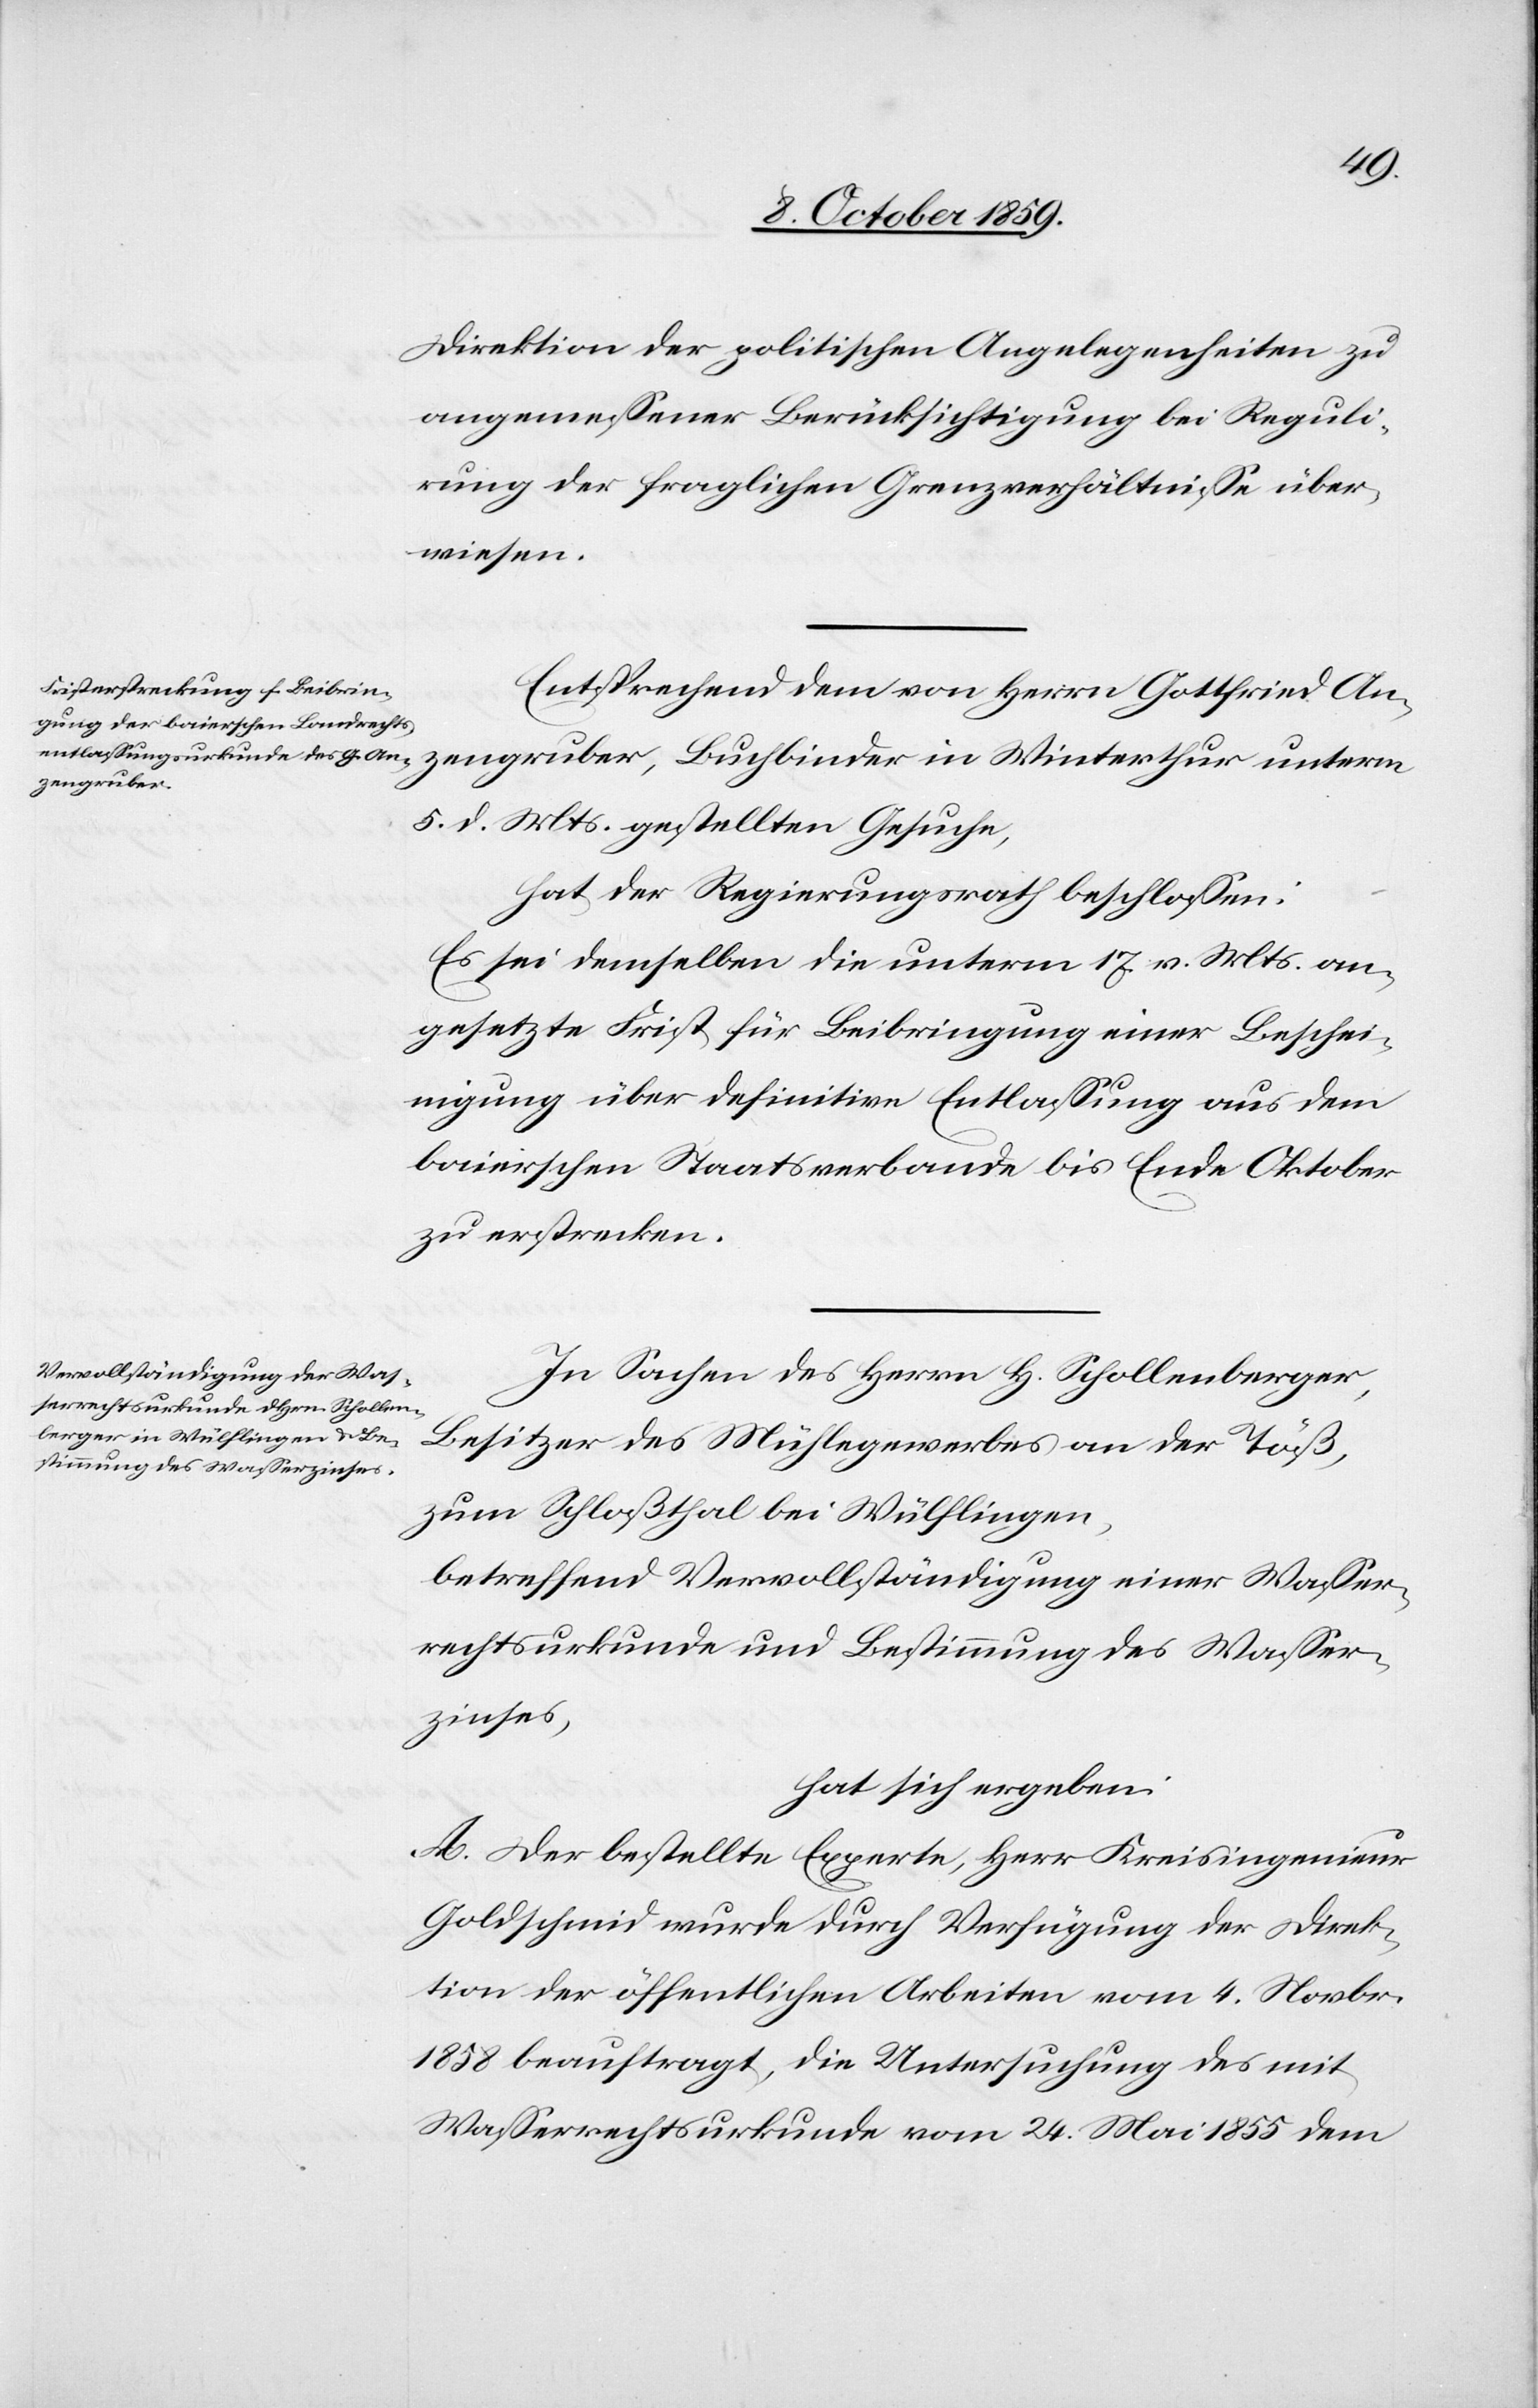
Direktion der politischen Angelegenheiten zu
angemessener Berücksichtigung bei Reguli¬
rung der fraglichen Grenzverhältnisse über¬
wiesen.
Entsprechend dem von Herrn Gottfried An¬
zengruber, Buchbinder in Winterthur unterm
5. d. Mts. gestellten Gesuche,
hat der Regierungsrath beschlossen:
Es sei demselben die unterm 17. v. Mts. an¬
gesetzte Frist für Beibringung einer Beschei¬
nigung über definitive Entlassung aus dem
baierschen Staatsverbande bis Ende Oktober
zu erstrecken.
In Sachen des Herrn H. Schollenberger,
Besitzer des Mühlegewerbes an der Töß,
zum Schloßthal bei Wülflingen,
betreffend Vervollständigung einer Wasser¬
rechtsurkunde und Bestimmung des Wasser¬
zinses,
hat sich ergeben:
A. Der bestellte Experte, Herr Kreisingenieur
Goldschmid wurde durch Verfügung der Direk¬
tion der öffentlichen Arbeiten vom 4. Novbr.
1858 beauftragt, die Untersuchung des mit
Wasserrechtsurkunde vom 24. Mai 1855 dem